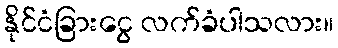
နိုင်ငံခြားငွေ လက်ခံပါသလား။